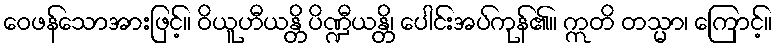
ဝေဖန်သောအားဖြင့်။ ဝိယူဟီယန္တိ ပိဏ္ဍီယန္တိ၊ ပေါင်းအပ်ကုန်၏။ ဣတိ တသ္မာ၊ ကြောင့်။